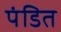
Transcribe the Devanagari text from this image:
पंडित